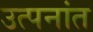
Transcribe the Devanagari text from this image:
उत्पनांत